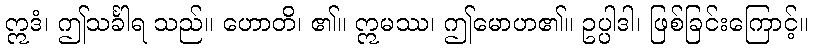
ဣဒံ၊ ဤသင်္ခါရ သည်။ ဟောတိ၊ ၏။ ဣမဿ၊ ဤမောဟ၏။ ဥပ္ပါဒါ၊ ဖြစ်ခြင်းကြောင့်။